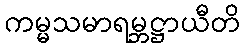
ကမ္မသမာရမ္ဘဋ္ဌာယီတိ